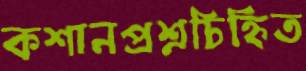
কশানপ্রশ্নচিহ্নিত